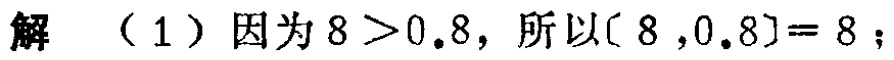
解 （1）因为 \(8 > 0.8\)，所以\([8 ,0.8]= 8\)；